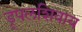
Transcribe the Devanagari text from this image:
ड्रूपलशिवाय